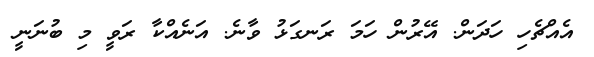
އެއްޗެހި ހަދަން. އޭރުން ހަމަ ރަނގަޅު ވާނެ. އަނެއްކާ ރަވީ މި ބުނަނީ